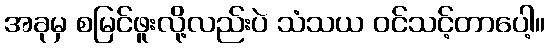
အခုမှ စမြင်ဖူးလို့လည်းပဲ သံသယ ဝင်သင့်တာပေါ့။